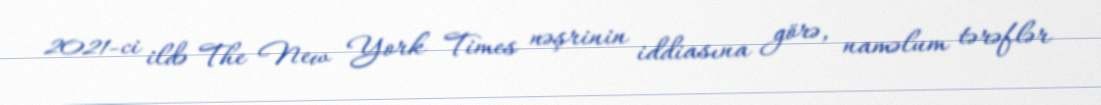
2021-ci ildə The New York Times nəşrinin iddiasına görə, naməlum tərəflər